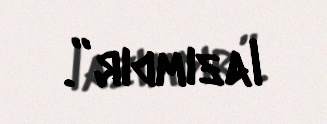
lazımdır”.